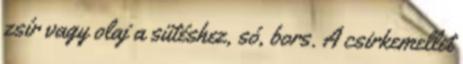
zsír vagy olaj a sütéshez, só, bors. A csirkemellet